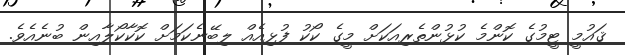
ޤައުމީ ޓީމުގެ ކޮންމެ ކުޅުންތެރިއަކަށް މީގެ ކޯކު ފުޅިއެއް ލިބޭނެކަމަށް ކޮކާކޯލާއިން ބުނެއެވެ.